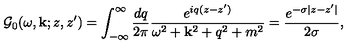
{ \cal G } _ { 0 } ( \omega , { \bf k } ; z , z ^ { \prime } ) = \int _ { - \infty } ^ { \infty } \frac { d q } { 2 \pi } \frac { e ^ { i q ( z - z ^ { \prime } ) } } { \omega ^ { 2 } + { \bf k } ^ { 2 } + q ^ { 2 } + m ^ { 2 } } = \frac { e ^ { - \sigma | z - z ^ { \prime } | } } { 2 \sigma } ,